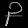
Digit: ၃